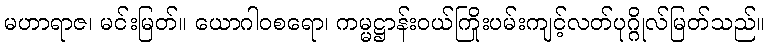
မဟာရာဇ၊ မင်းမြတ်။ ယောဂါဝစရော၊ ကမ္မဋ္ဌာန်းဝယ်ကြိုးပမ်းကျင့်လတ်ပုဂ္ဂိုလ်မြတ်သည်။